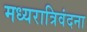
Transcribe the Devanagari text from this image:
मध्यरात्रिवंदना